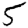
Digit: 5